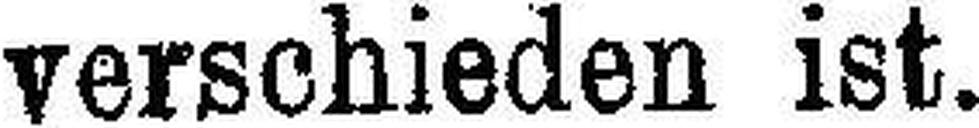
verschieden ist.